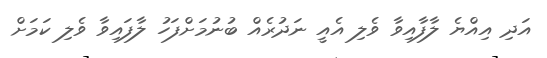
އަދި އިއްޔެ ލާފާއިވާ ވެލި އެއީ ނަދުރެއް ބުނުމަށްފަހު ލާފައިވާ ވެލި ކަމަށް